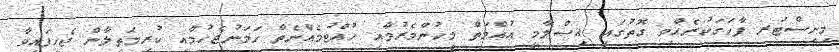
މިނިސްޓަރ ފާހަގަކުރެއްވި ގޮތުގައި އިސްލާމީ އުއްމަތް މީހުންމެރުމާއި ހުއްޓުމެއްނެތް ހަމަނުޖެހުމާއި ކުރިމަތިލާން ޖެހިފައިވާ